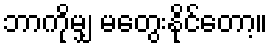
ဘာကိုမျှ မတွေးနိုင်တော့။